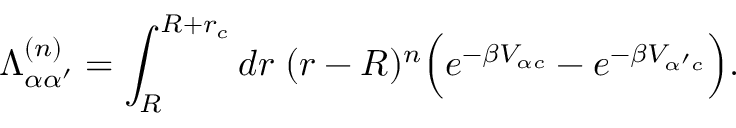
\Lambda _ { \alpha \alpha ^ { \prime } } ^ { ( n ) } = \int _ { R } ^ { R + r _ { c } } d r \; ( r - R ) ^ { n } \Big ( e ^ { - \beta V _ { \alpha c } } - e ^ { - \beta V _ { \alpha ^ { \prime } c } } \Big ) .